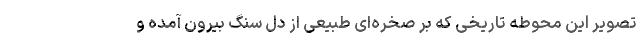
تصویر این محوطه تاریخی که بر صخره‌ای طبیعی از دل سنگ بیرون آمده و